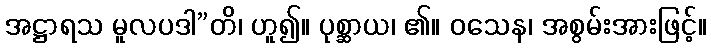
အဋ္ဌာရသ မူလပဒါ”တိ၊ ဟူ၍။ ပုစ္ဆာယ၊ ၏။ ဝသေန၊ အစွမ်းအားဖြင့်။